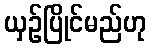
ယှဉ်ပြိုင်မည်ဟု